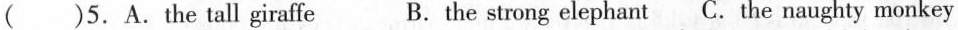
( )5. A. The tall giraffe B. the strong elephant C. The naughty monkey